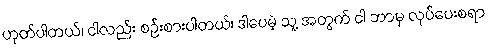
ဟုတ်ပါတယ်၊ ငါလည်း စဉ်းစားပါတယ်၊ ဒါပေမဲ့ သူ့ အတွက် ငါ ဘာမှ လုပ်ပေးစရာ